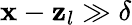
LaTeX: \mathbf{x}-\mathbf{z}_{l}\gg\delta